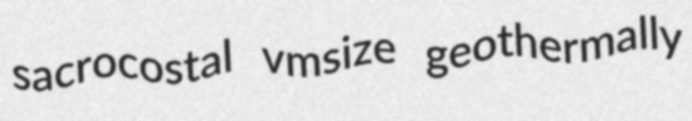
sacrocostal vmsize geothermally